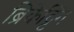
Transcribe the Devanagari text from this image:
ब्रिकेट्टिंग